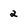
Character: 2